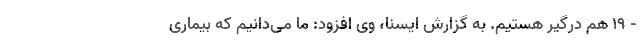
- ۱۹ هم درگیر هستیم. به گزارش ایسنا، وی افزود: ما می‌دانیم که بیماری